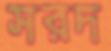
সরদ